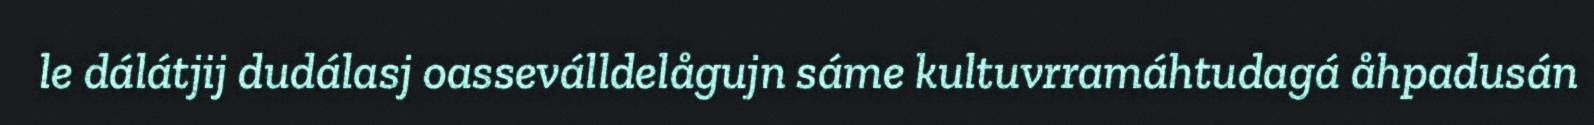
le dálátjij dudálasj oasseválldelågujn sáme kultuvrramáhtudagá åhpadusán